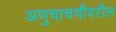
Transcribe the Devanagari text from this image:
अणुचाचणीवरील